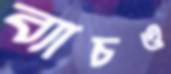
ব্যাচও